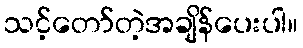
သင့်တော်တဲ့အချိန်ပေးပါ။